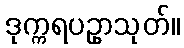
ဒုက္ကရပဥှာသုတ်။